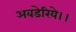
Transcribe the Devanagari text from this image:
अवडेरिये।।